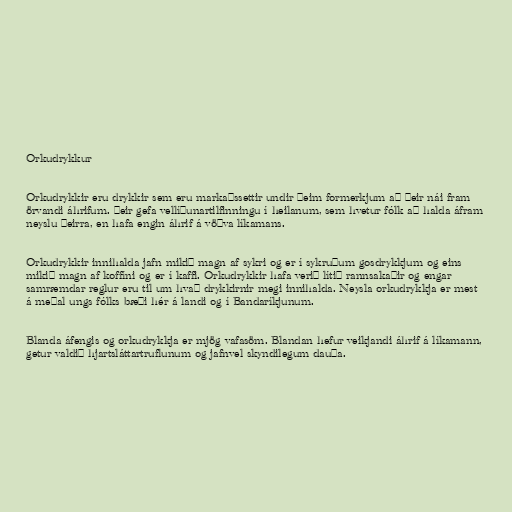
Orkudrykkur

Orkudrykkir eru drykkir sem eru markaðssettir undir þeim formerkjum að þeir nái fram
örvandi áhrifum. Þeir gefa vellíðunartilfinningu í heilanum, sem hvetur fólk að halda áfram
neyslu þeirra, en hafa engin áhrif á vöðva líkamans.

Orkudrykkir innihalda jafn mikið magn af sykri og er í sykruðum gosdrykkjum og eins
mikið magn af koffíni og er í kaffi. Orkudrykkir hafa verið lítið rannsakaðir og engar
samræmdar reglur eru til um hvað drykkirnir megi innihalda. Neysla orkudrykkja er mest
á meðal ungs fólks bæði hér á landi og í Bandaríkjunum.

Blanda áfengis og orkudrykkja er mjög vafasöm. Blandan hefur veikjandi áhrif á líkamann,
getur valdið hjartsláttartruflunum og jafnvel skyndilegum dauða.